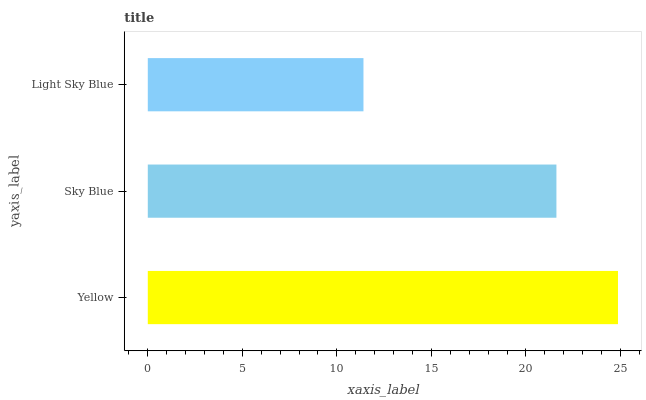
| yaxis_label | bars |
 | --- | --- |
 | Yellow | 24.9 |
 | Sky Blue | 21.6 |
 | Light Sky Blue | 11.4 |